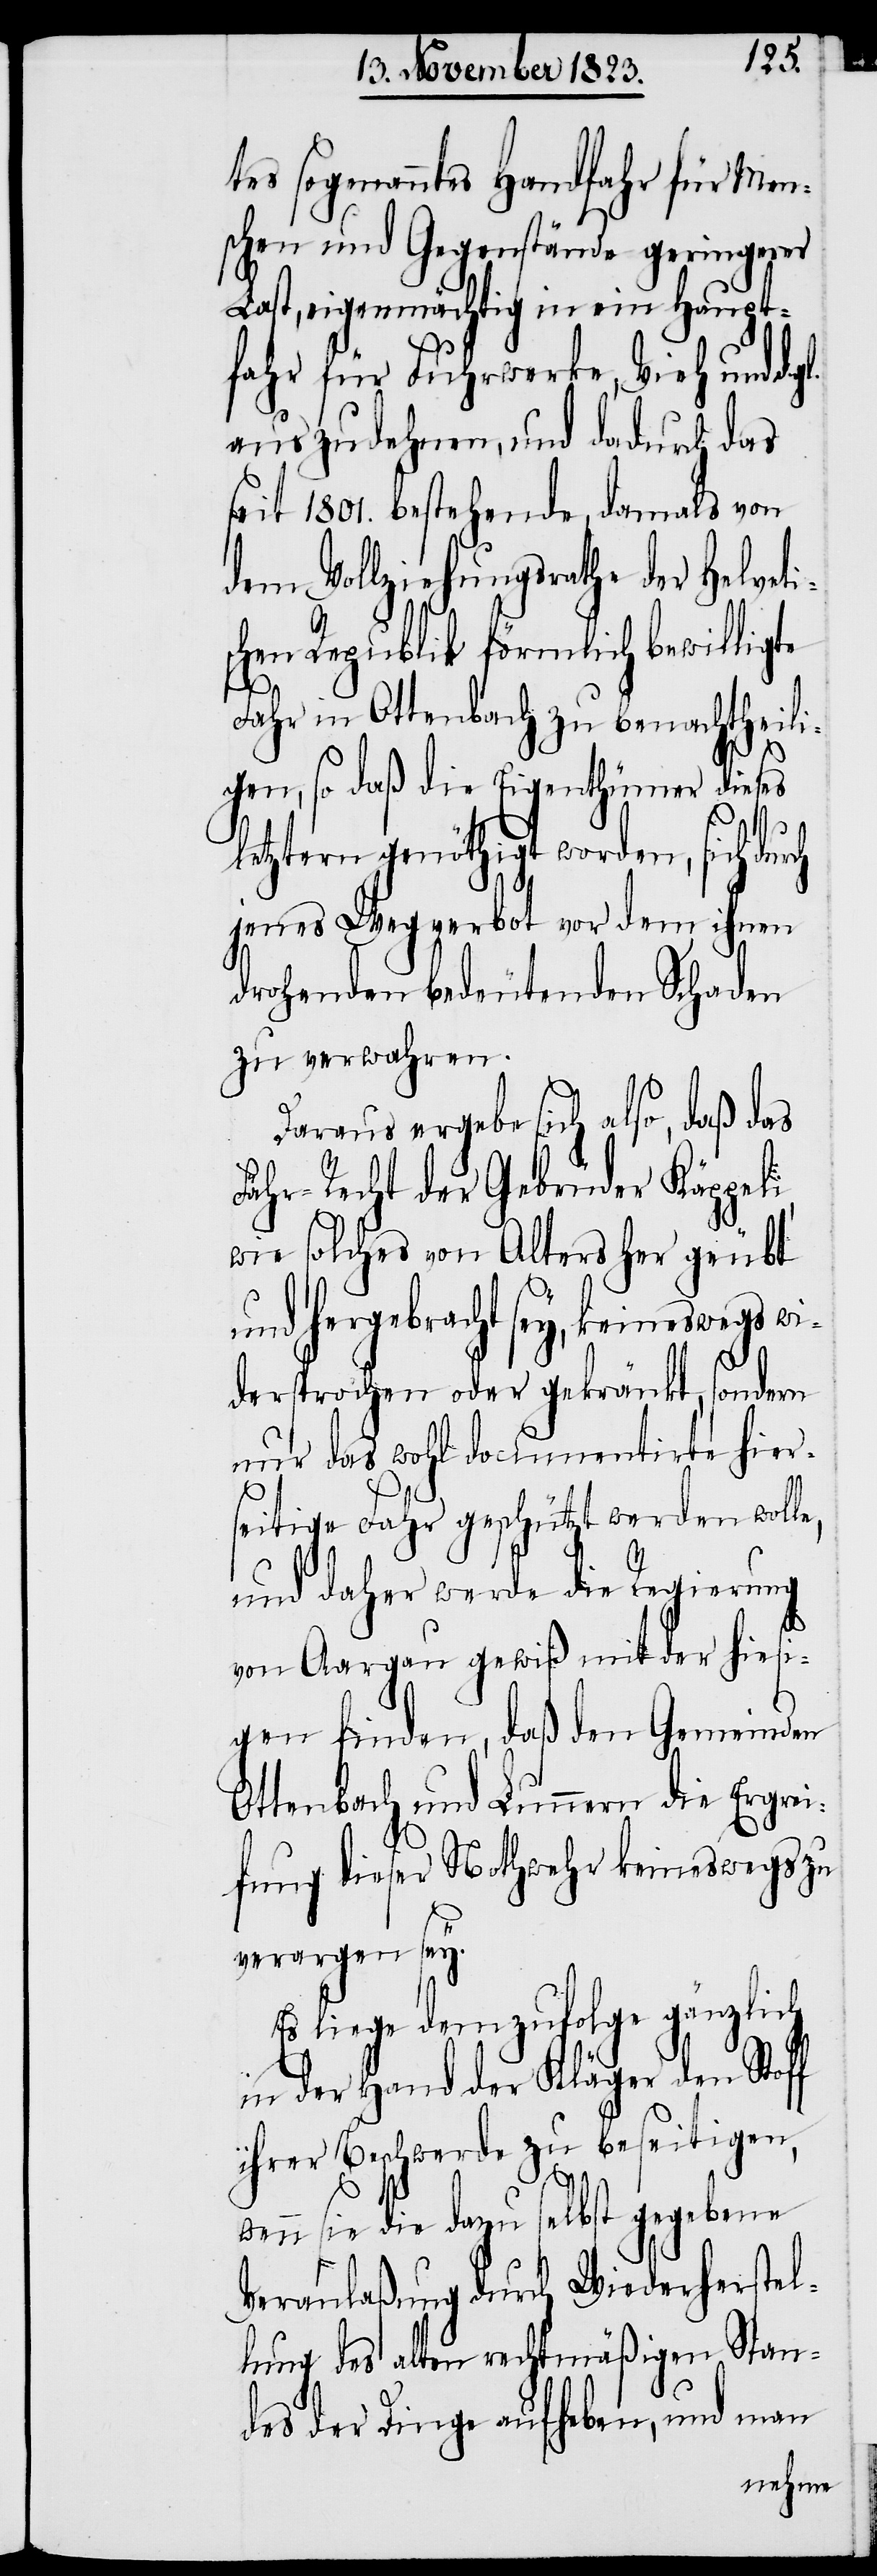
tes sogenanntes Handfahr für Men¬
schen und Gegenstände geringerer
Last, eigenmächtig in ein Haupt¬
fahr für Fuhrwerke, Vieh und d.
auszudehnen, und dadurch das
seit 1801. bestehende, damals von
dem Vollziehungsrathe der Helveti¬
schen Republik förmlich bewilligte
Fahr in Ottenbach zu benachtheili¬
gen, so daß die Eigenthümer dieses
letztern genöthigt worden, sich durch
jenes Wegverbot vor dem ihnen
drohenden bedeutenden Schaden
zu verwahren.
Daraus ergebe sich also, daß das
Fähr-Recht der Gebrüder Käppeli,
wie solches von Alters her geübt
und hergebracht sey, keineswegs wi¬
dersprochen oder gekränkt, sondern
nur das wohl documentirte hier¬
seitige Fahr geschützt werden wolle,
und daher werde die Regierung
von Aargau gewiß mit der hiesi¬
gen finden, daß den Gemeinden
Ottenbach und Lunnern die Ergrei¬
fung dieser Nothwehr keineswegs zu
verargen sey.
liege demzufolge gänzlich
in der Hand der Kläger den Stoff
ihrer Beschwerde zu beseitigen,
wenn sie die dazu selbst gegebene
Veranlaßung durch Wiederherstel¬
lung des alten rechtmäßigen Stan¬
des der Dinge aufheben, und man